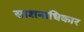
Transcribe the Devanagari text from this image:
साशनाधिकार